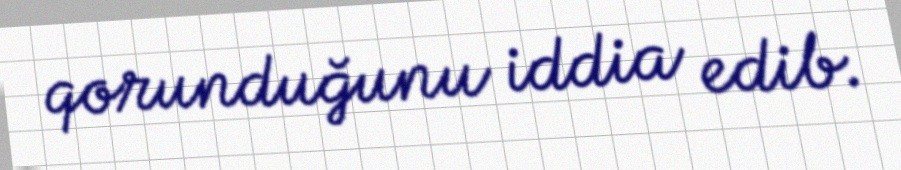
qorunduğunu iddia edib.